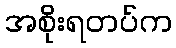
အစိုးရတပ်က